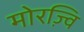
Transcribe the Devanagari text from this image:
मोरज़्वि